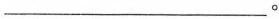
___。